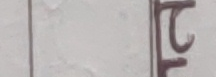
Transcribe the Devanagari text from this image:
फ